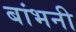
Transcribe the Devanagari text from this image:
बांभनी